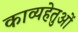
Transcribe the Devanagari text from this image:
काव्यहेतुओं